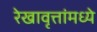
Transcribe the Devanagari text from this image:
रेखावृत्तांमध्ये